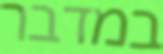
במדבר